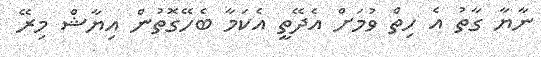
ނާޔާ ގާތު އެ ހިތް ވުމަށް އެދޭތީ އެކަމާ ބެހޭގޮތުން އިޔާޝް މިރޭ